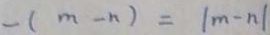
- ( m - n ) = \vert m - n \vert